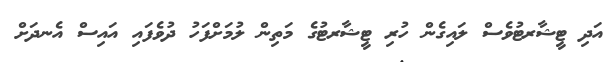
އަދި ޓީޝާރޓުވެސް ލައިގެން ހުރި ޓީޝާރޓުގެ މަތިން ލުމަށްފަހު ދުވެފައި އައިސް އެނދަށް